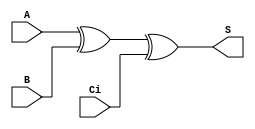
/*
 * Generated by Digital. Don't modify this file!
 * Any changes will be lost if this file is regenerated.
 */

module sum (
  input A,
  input B,
  input Ci,
  output S
);
  assign S = ((A ^ B) ^ Ci);
endmodule

module carryout (
  input A,
  input B,
  input Ci,
  output Co
);
  assign Co = ((A & B) | (B & Ci) | (A & Ci));
endmodule

module fulladder (
  input A,
  input Ci,
  input B,
  output S,
  output Co
);
  sum sum_i0 (
    .A( A ),
    .B( B ),
    .Ci( Ci ),
    .S( S )
  );
  carryout carryout_i1 (
    .A( A ),
    .B( B ),
    .Ci( Ci ),
    .Co( Co )
  );
endmodule

module adder4b (
  input A0,
  input A1,
  input A2,
  input A3,
  input B0,
  input B1,
  input B2,
  input B3,
  input Ci,
  output S0,
  output S1,
  output S2,
  output S3,
  output Co
);
  wire s4;
  wire s5;
  wire s6;
  fulladder fulladder_i0 (
    .A( A0 ),
    .Ci( Ci ),
    .B( B0 ),
    .S( S0 ),
    .Co( s4 )
  );
  fulladder fulladder_i1 (
    .A( A1 ),
    .Ci( s4 ),
    .B( B1 ),
    .S( S1 ),
    .Co( s5 )
  );
  fulladder fulladder_i2 (
    .A( A2 ),
    .Ci( s5 ),
    .B( B2 ),
    .S( S2 ),
    .Co( s6 )
  );
  fulladder fulladder_i3 (
    .A( A3 ),
    .Ci( s6 ),
    .B( B3 ),
    .S( S3 ),
    .Co( Co )
  );
endmodule